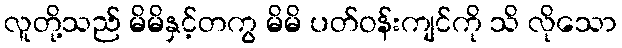
လူတို့သည် မိမိနှင့်တကွ မိမိ ပတ်ဝန်းကျင်ကို သိ လိုသော